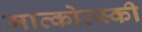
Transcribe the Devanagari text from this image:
मात्कोव्स्की